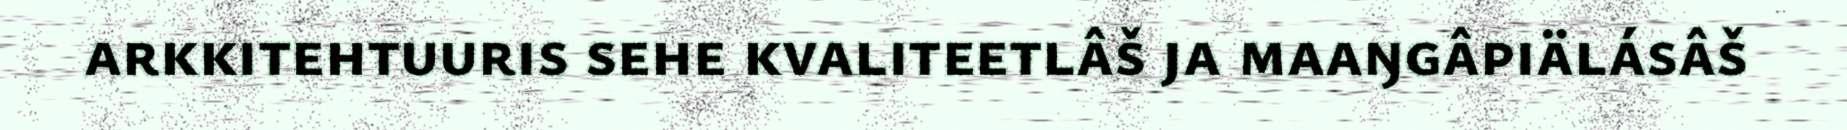
arkkitehtuuris sehe kvaliteetlâš ja maaŋgâpiälásâš